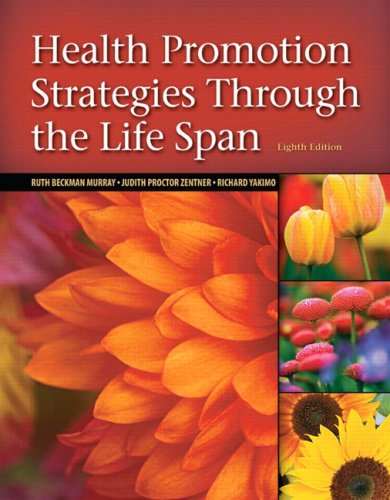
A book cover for Health Promotion Strategies Through the Life Span (8th Edition); Ruth Beckmann Murray Ed.D  MSN  RN  CS ; Medical Books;